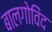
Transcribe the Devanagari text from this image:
बालगोविंद